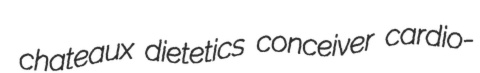
chateaux dietetics conceiver cardio-